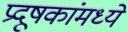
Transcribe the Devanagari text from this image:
प्रदूषकांमध्ये